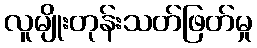
လူမျိုးတုန်းသတ်ဖြတ်မှု